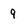
Character: 9